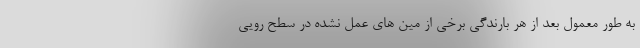
به طور معمول بعد از هر بارندگی برخی از مین های عمل نشده در سطح رویی